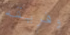
وفريقه